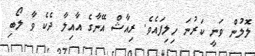
ލޮލުން ވަނީ ކަރުނަ ހިލިފައެވެ. ރިއާޝް އޭނާގެ އާއިލާ ދެކެ ވާ ލޯބި